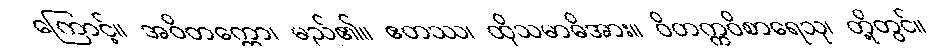
ကြောင့်။ အဝိတက္ကော၊ မည်၏။ ဧတဿ၊ ထိုသမာဓိအား။ ဝိတက္ကဝိစာရေသု၊ တို့တွင်။